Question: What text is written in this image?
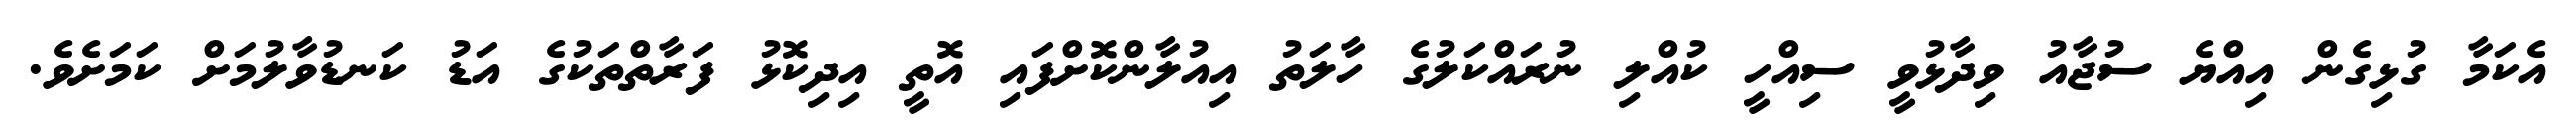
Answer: އެކަމާ ގުޅިގެން އިއްޔެ ސުޖާއު ވިދާޅުވީ ސިއްހީ ކުއްލި ނުރައްކަލުގެ ހާލަތު އިއުލާންކޮށްފައި އޮތީ އިދިކޮޅު ފަރާތްތަކުގެ އަޑު ކަނޑުވާލުމަށް ކަމަށެވެ.